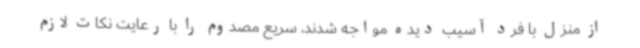
از منزل با فرد آسیب دیده مواجه شدند، سریع مصدوم را با رعایت نکات لازم